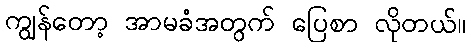
ကျွန်တော့ အာမခံအတွက် ပြေစာ လိုတယ်။